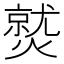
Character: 𤎼